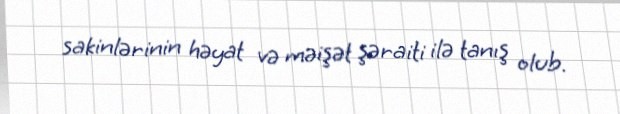
sakinlərinin həyat və məişət şəraiti ilə tanış olub.